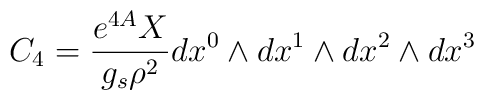
C_4 = \frac{e^{4A}X}{g_s  \rho^2} dx^0 \wedge dx^1 \wedge dx^2 \wedge dx^3